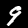
Label: 9